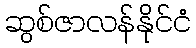
ဆွစ်ဇာလန်နိုင်ငံ